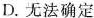
D.无法确定